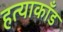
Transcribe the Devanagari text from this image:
हत्याकाँड